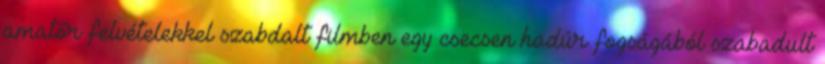
amatőr felvételekkel szabdalt filmben egy csecsen hadúr fogságából szabadult